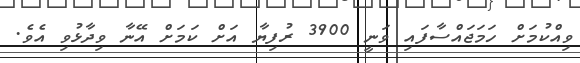
ވިއްކުމަށް ހަމަޖައްސާފައި ވަނީ 3900 ރުފިޔާ އަށް ކަމަށް އޭނާ ވިދާޅުވި އެވެ.